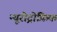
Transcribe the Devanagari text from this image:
न्यूरोट्रोफ़िक